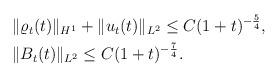
LaTeX: \begin{align*}\begin{aligned}&\|\varrho_t (t)\|_{H^1}+\|u_t (t)\|_{L^2}\le C(1+t)^{-\frac{5}{4}},\\&\|B_t (t)\|_{L^2}\le C(1+t)^{-\frac{7}{4}}.\end{aligned}\end{align*}